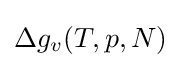
\Delta g_{v}(T,p,N)